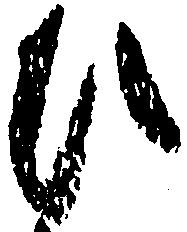
ひ